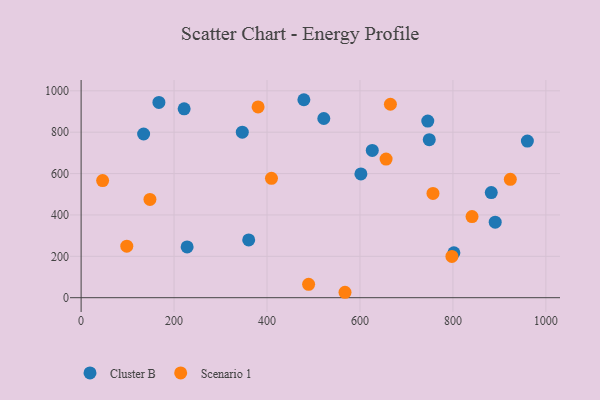
{"axis": {"x": "Experience", "y": "Fuel Efficiency"}, "legend": ["Cluster B", "Scenario 1"], "data": [{"x": "891.0", "y": 365.1, "type": "Cluster B"}, {"x": "602.0", "y": 598.3, "type": "Cluster B"}, {"x": "960.2", "y": 757.1, "type": "Cluster B"}, {"x": "745.9", "y": 853.7, "type": "Cluster B"}, {"x": "749.1", "y": 764.0, "type": "Cluster B"}, {"x": "134.5", "y": 791.4, "type": "Cluster B"}, {"x": "221.7", "y": 912.9, "type": "Cluster B"}, {"x": "346.8", "y": 800.3, "type": "Cluster B"}, {"x": "626.5", "y": 711.7, "type": "Cluster B"}, {"x": "228.1", "y": 245.5, "type": "Cluster B"}, {"x": "167.4", "y": 944.1, "type": "Cluster B"}, {"x": "802.1", "y": 217.3, "type": "Cluster B"}, {"x": "882.5", "y": 508.0, "type": "Cluster B"}, {"x": "479.3", "y": 957.0, "type": "Cluster B"}, {"x": "360.6", "y": 279.5, "type": "Cluster B"}, {"x": "522.2", "y": 866.2, "type": "Cluster B"}, {"x": "148.1", "y": 475.0, "type": "Scenario 1"}, {"x": "380.8", "y": 922.1, "type": "Scenario 1"}, {"x": "567.8", "y": 26.2, "type": "Scenario 1"}, {"x": "489.5", "y": 64.5, "type": "Scenario 1"}, {"x": "757.1", "y": 503.9, "type": "Scenario 1"}, {"x": "841.1", "y": 392.3, "type": "Scenario 1"}, {"x": "98.3", "y": 249.2, "type": "Scenario 1"}, {"x": "923.5", "y": 572.0, "type": "Scenario 1"}, {"x": "656.2", "y": 669.9, "type": "Scenario 1"}, {"x": "797.8", "y": 199.5, "type": "Scenario 1"}, {"x": "409.6", "y": 577.2, "type": "Scenario 1"}, {"x": "665.5", "y": 935.2, "type": "Scenario 1"}, {"x": "46.3", "y": 566.3, "type": "Scenario 1"}]}